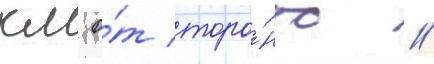
км о́т торо́нто //